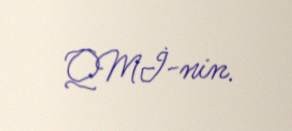
QMİ-nin.